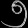
Digit: ၅